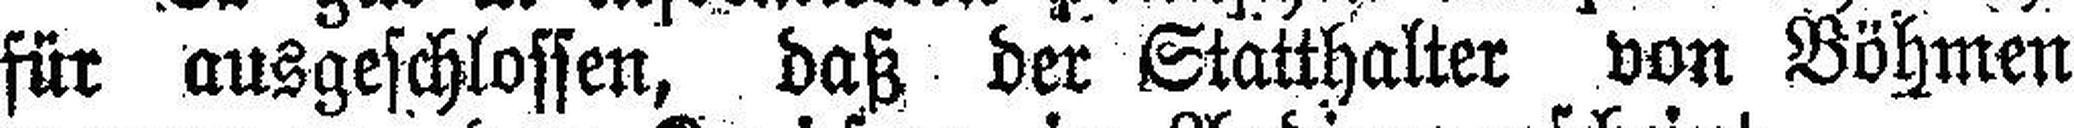
für ausgeschlossen, daß der Statthalter von Böhmen